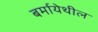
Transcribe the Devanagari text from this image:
बर्मायेथील